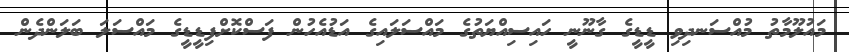
މައުލޫމާތު މުއްސަނދިވި ޑީޑީގެ ގާނޫނީ ހައިސިއްޔަތުގެ މައްސަލައިގެ އަޑުއެހުން ފަސްކޮށްފިޑީޑީގެ މައްސަލަ ބަލަންދެން